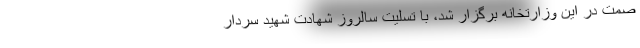
صمت در این وزارتخانه برگزار شد، با تسلیت سالروز شهادت شهید سردار